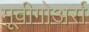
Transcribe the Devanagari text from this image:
मूवीगोअर्स